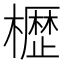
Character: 𭬒